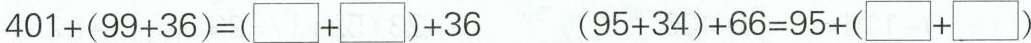
$$401+(99+36)=(\square+\square)+36$$ $4(95+34)+66=95+(\square+\square)$$